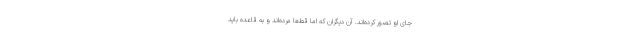
جای او تصور کرده‌اند. آن دیگران که اما قطعا مرده‌اند و به قاعده باید